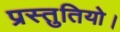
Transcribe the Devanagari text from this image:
प्रस्तुतियो।